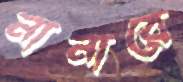
নানারে